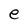
Character: e